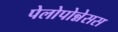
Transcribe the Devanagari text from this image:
पेलोपोन्नेसस